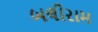
બલીરામ